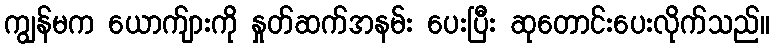
ကျွန်မက ယောက်ျားကို နှုတ်ဆက်အနမ်း ပေးပြီး ဆုတောင်းပေးလိုက်သည်။